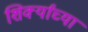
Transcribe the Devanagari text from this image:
शिर्क्यांच्या